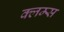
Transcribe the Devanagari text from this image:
क्लम्स